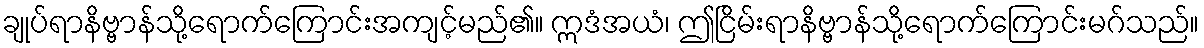
ချုပ်ရာနိဗ္ဗာန်သို့ရောက်ကြောင်းအကျင့်မည်၏။ ဣဒံအယံ၊ ဤငြိမ်းရာနိဗ္ဗာန်သို့ရောက်ကြောင်းမဂ်သည်။